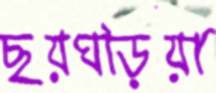
ছয়ঘড়িয়া